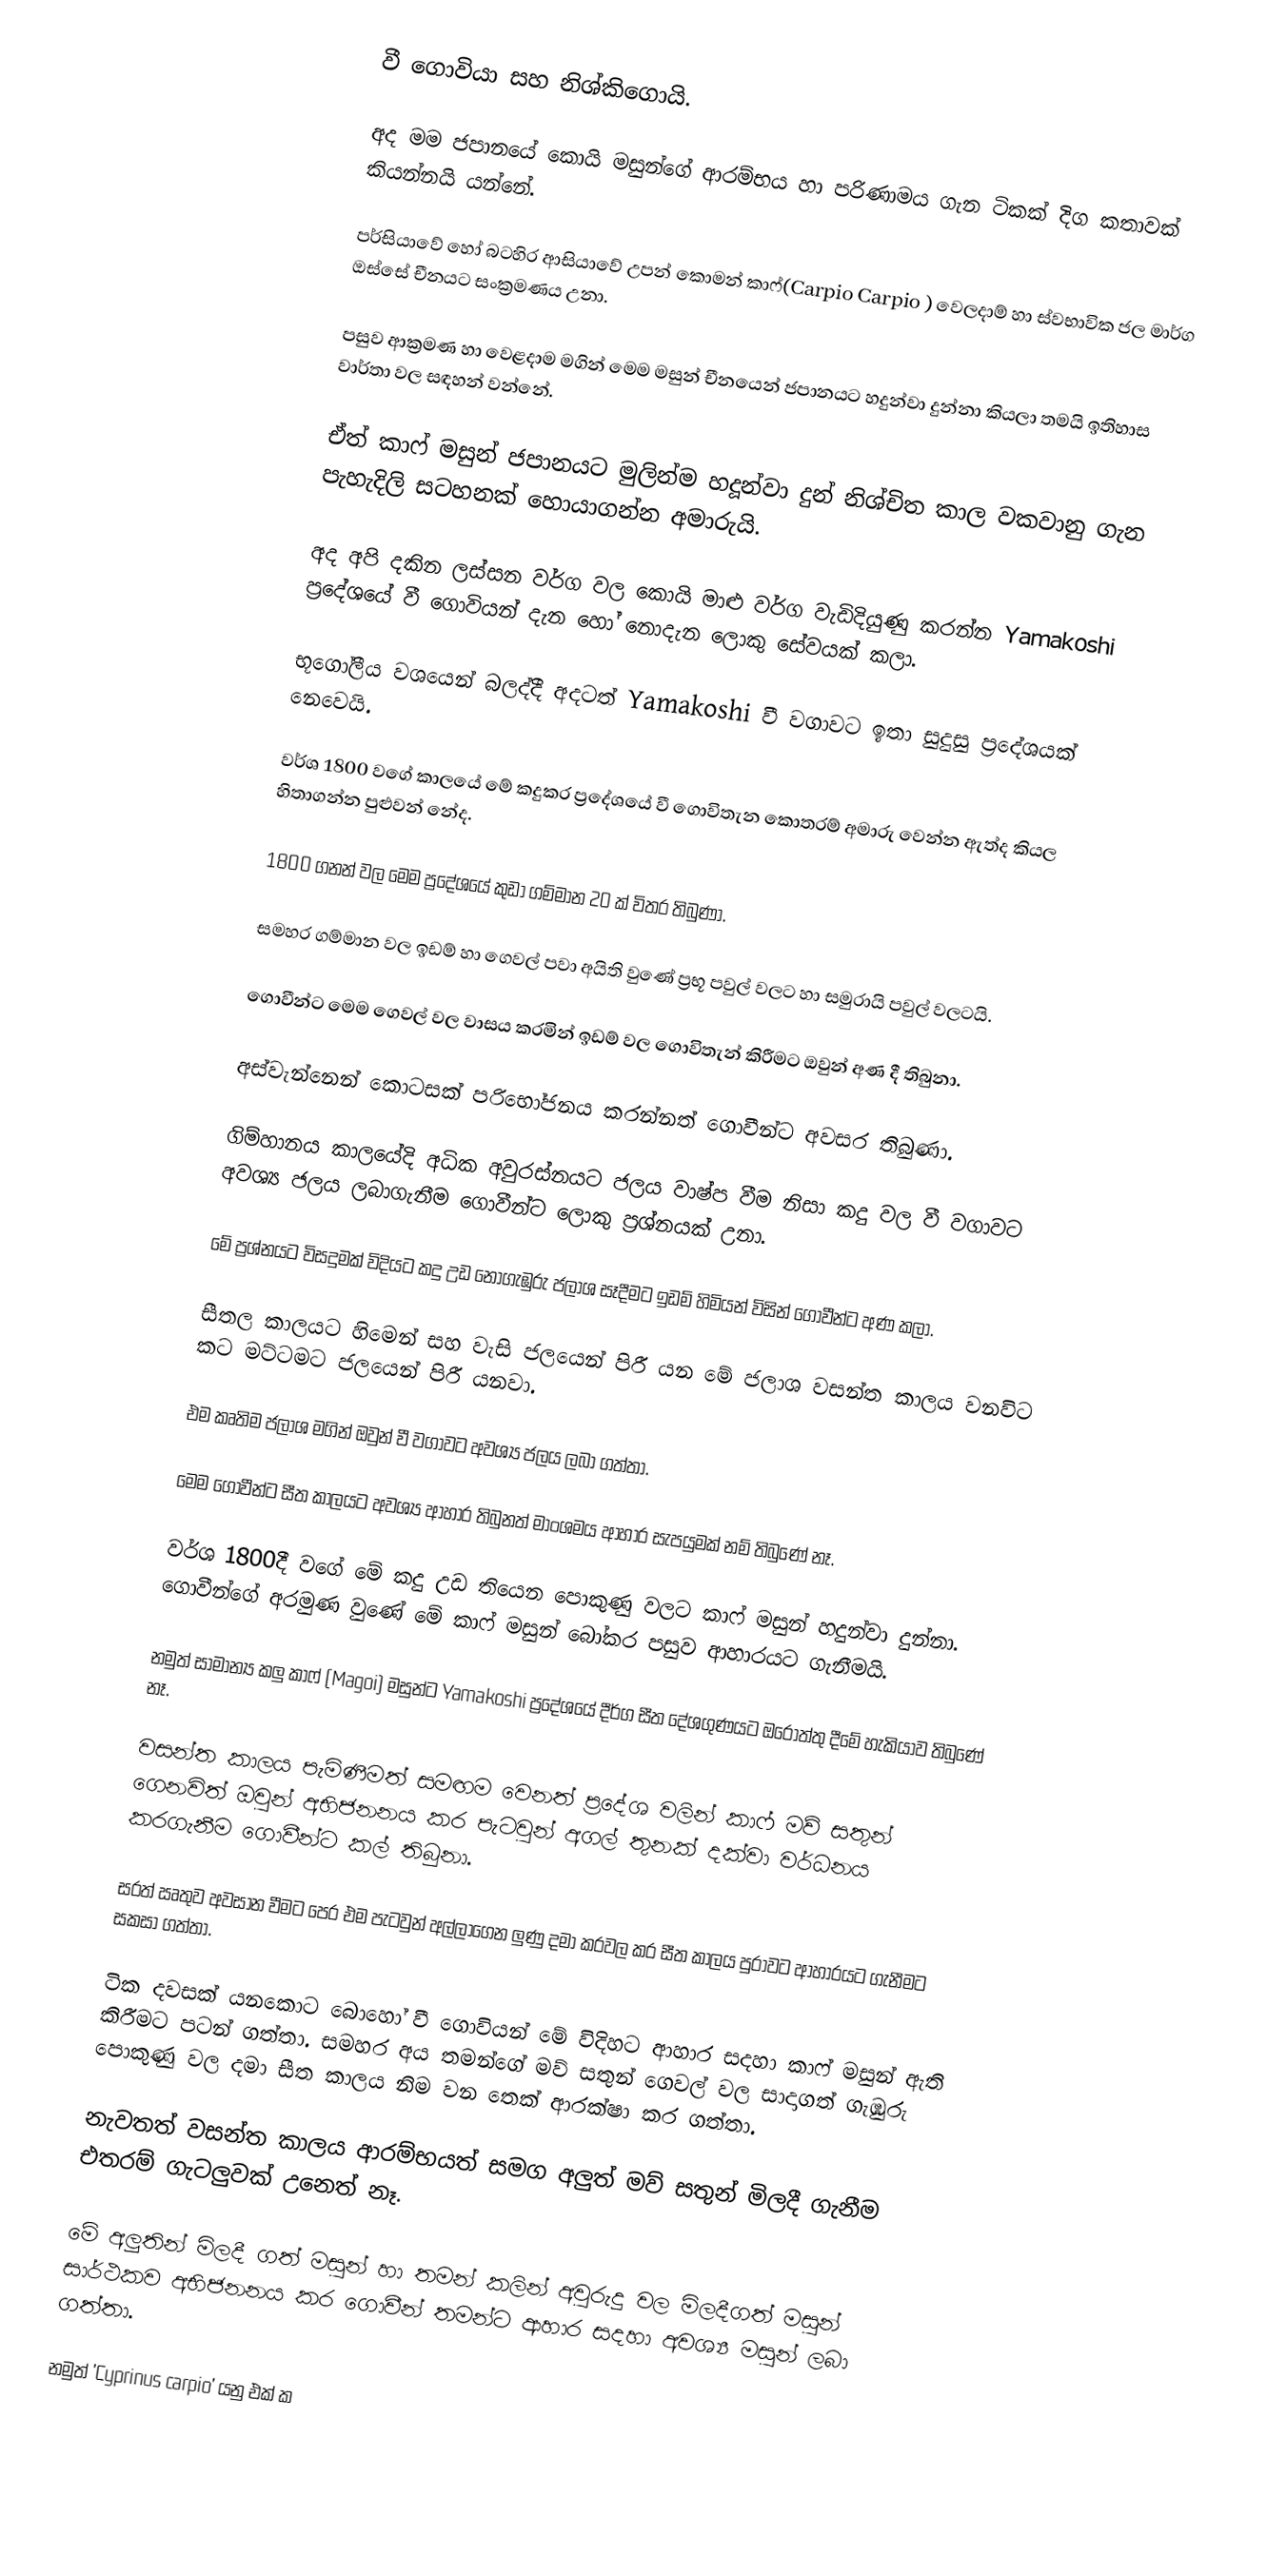
වී ගොවියා සහ නිශ්කිගොයි.

අද මම ජපානයේ කොයි මසුන්ගේ ආරම්භය හා පරිණාමය ගැන ටිකක් දිග කතාවක් කියන්නයි යන්නේ.

පර්සියාවේ හෝ බටහිර ආසියාවේ උපන් කොමන් කාෆ්(Carpio Carpio ) වෙලදාම් හා ස්වභාවික ජල මාර්ග ඔස්සේ චීනයට සංක්‍රමණය උනා.

පසුව ආක්‍රමණ හා වෙළදාම මගින් මෙම මසුන් චීනයෙන් ජපානයට හදුන්වා දුන්නා කියලා තමයි ඉතිහාස වාර්තා වල සඳහන් වන්නේ.

ඒත් කාෆ් මසුන් ජපානයට මුලින්ම හදූන්වා දුන් නිශ්චිත කාල වකවානු ගැන පැහැදිලි සටහනක් හොයාගන්න අමාරුයි.

අද අපි දකින ලස්සන වර්ග වල කොයි මාළු වර්ග වැඩිදියුණු කරන්න Yamakoshi ප්‍රදේශයේ වී ගොවියන් දැන හෝ නොදැන ලොකු සේවයක් කලා.

භූගෝලීය වශයෙන් බලද්දී අදටත් Yamakoshi වී වගාවට ඉතා සුදුසු ප්‍රදේශයක් නෙවෙයි.

වර්ශ 1800 වගේ කාලයේ මේ කදුකර ප්‍රදේශයේ වී ගොවිතැන කොතරම් අමාරු වෙන්න ඇත්ද කියල හිතාගන්න පුළුවන් නේද.

1800 ගනන් වල මෙම ප්‍රදේශයේ කුඩා ගම්මාන 20 ක් විතර තිබුණා.

සමහර ගම්මාන වල ඉඩම් හා ගෙවල් පවා අයිති වුණේ ප්‍රභූ පවුල් වලට හා සමුරායි පවුල් වලටයි.

ගොවීන්ට මෙම ගෙවල් වල වාසය කරමින් ඉඩම් වල ගොවිතැන් කිරීමට ඔවුන් අණ දී තිබුනා.

අස්වැන්නෙන් කොටසක් පරිභෝජනය කරන්නත් ගොවීන්ට අවසර තිබුණා.

ගිම්හානය කාලයේදි අධික අවුරස්නයට ජලය වාෂ්ප වීම නිසා කදු වල වී වගාවට අවශ්‍ය ජලය ලබාගැනීම ගොවීන්ට ලොකු ප්‍රශ්නයක් උනා.

මේ ප්‍රශ්නයට විසදුමක් විදියට කදු උඩ නොගැඹුරු ජලාශ සෑදීමට ඉඩම් හිමියන් විසින් ගොවීන්ට අණ කලා.

සීතල කාලයට හිමෙන් සහ වැසි ජලයෙන් පිරී යන මේ ජලාශ වසන්ත කාලය වනවිට කට මට්ටමට ජලයෙන් පිරී යනවා.

එම කෘතිම ජලාශ මගින් ඔවුන් වී වගාවට අවශ්‍ය ජලය ලබා ගත්තා.

මෙම ගොවීන්ට සීත කාලයට අවශ්‍ය ආහාර තිබුනත් මාංශමය ආහාර සැපයුමක් නම් තිබුණේ නෑ.

වර්ශ 1800දී වගේ මේ කදු උඩ තියෙන පොකුණු වලට කාෆ් මසුන් හදුන්වා දුන්නා. ගොවීන්ගේ අරමුණ වුණේ මේ කාෆ් මසුන් බෝකර පසුව ආහාරයට ගැනීමයි.

නමුත් සාමාන්‍ය කලු කාෆ් (Magoi) මසුන්ට Yamakoshi ප්‍රදේශයේ දීර්ග සීත දේශගුණයට ඔරොත්තු දීමේ හැකියාව තිබුණේ නෑ.

වසන්ත කාලය පැමිණීමත් සමඟම වෙනත් ප්‍රදේශ වලින් කාෆ් මව් සතුන් ගෙනවිත් ඔවුන් අභිජනනය කර පැටවුන් අගල් තුනක් දක්වා වර්ධනය කරගැනීම ගොවීන්ට කල් තිබුනා.

සරත් ඍතුව අවසාන වීමට පෙර එම පැටවුන් අල්ලාගෙන ලුණු දමා කරවල කර සීත කාලය පුරාවට ආහාරයට ගැනීමට සකසා ගත්තා.

ටික දවසක් යනකොට බොහෝ වී ගොවියන් මේ විදිහට ආහාර සදහා කාෆ් මසුන් ඇති කිරීමට පටන් ගත්තා. සමහර අය තමන්ගේ මව් සතුන් ගෙවල් වල සාදාගත් ගැඹුරු පොකුණු වල දමා සීත කාලය නිම වන තෙක් ආරක්ෂා කර ගත්තා.

නැවතත් වසන්ත කාලය ආරම්භයත් සමග අලුත් මව් සතුන් මිලදී ගැනීම එතරම් ගැටලුවක් උනෙත් නෑ.

මේ අලුතින් මිලදී ගත් මසුන් හා තමන් කලින් අවුරුදු වල මිලදීගත් මසුන් සාර්ථකව අභිජනනය කර ගොවීන් තමන්ට ආහාර සදහා අවශ්‍ය මසුන් ලබා ගත්තා.

නමුත් 'Cyprinus carpio' යනු එක් ක